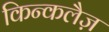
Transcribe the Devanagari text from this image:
किन्कलैज़